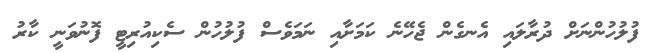
ފުލުހުންނަށް ދުރާލައި އެނގެން ޖެހޭނެ ކަމަށާއި ނަމަވެސް ފުލުހުން ސެކިއުރިޓީ ފޮނުވަނީ ކާރު